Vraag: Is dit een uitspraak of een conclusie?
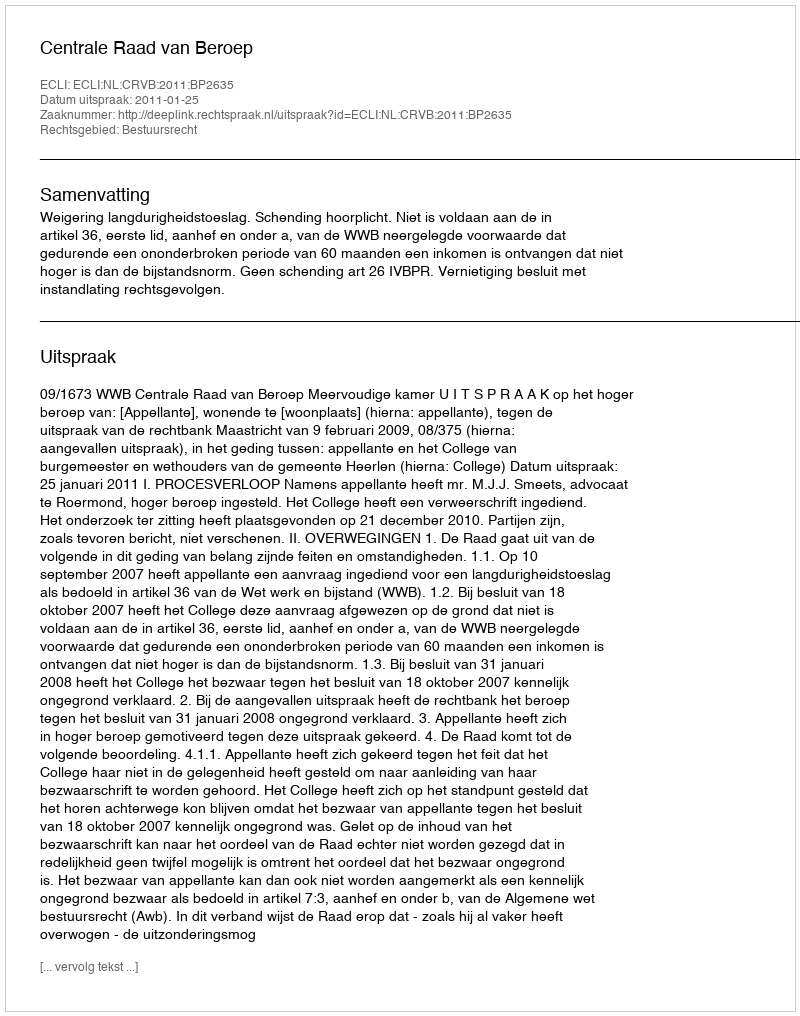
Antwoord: Uitspraak